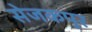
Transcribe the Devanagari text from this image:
सेजकपुर